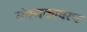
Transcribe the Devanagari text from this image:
संगणकावरच